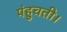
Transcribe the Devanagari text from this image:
पंहुचती।